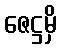
ဇေဋ္ဌမှိ